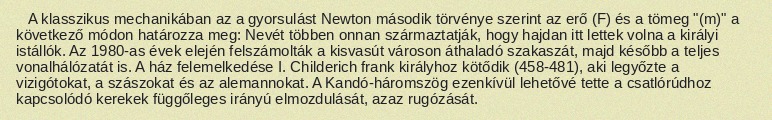
A klasszikus mechanikában az a gyorsulást Newton második törvénye szerint az erő (F) és a tömeg "(m)" a következő módon határozza meg: Nevét többen onnan származtatják, hogy hajdan itt lettek volna a királyi istállók. Az 1980-as évek elején felszámolták a kisvasút városon áthaladó szakaszát, majd később a teljes vonalhálózatát is. A ház felemelkedése I. Childerich frank királyhoz kötődik (458-481), aki legyőzte a vizigótokat, a szászokat és az alemannokat. A Kandó-háromszög ezenkívül lehetővé tette a csatlórúdhoz kapcsolódó kerekek függőleges irányú elmozdulását, azaz rugózását.